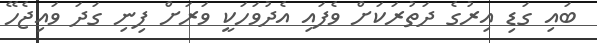
ބައި ގަޑި އިރުގެ ދަތުރަކަށް ވެފައި އެދުވަހަކީ ވަރަށް ފިނި ގަދަ ވައިޖެހޭ